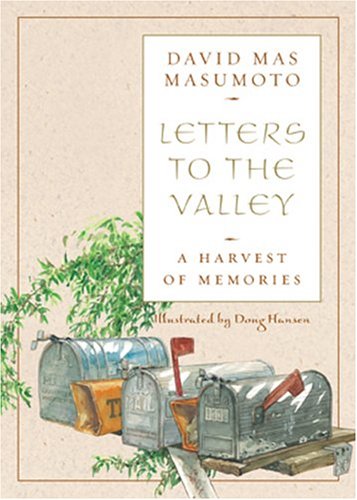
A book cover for Letters to the Valley: A Harvest of Memories (Great Valley Book); David Mas Masumoto; Biographies & Memoirs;